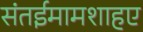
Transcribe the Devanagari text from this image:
संतईमामशाहए